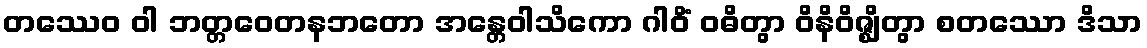
တဿေဝ ဝါ ဘတ္တဝေတနဘတော အန္တေဝါသိကော ဂါဝိံ ဝဓိတွာ ဝိနိဝိဇ္ဈိတွာ စတဿော ဒိသာ